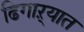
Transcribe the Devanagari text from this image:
ढिगाऱ्यात